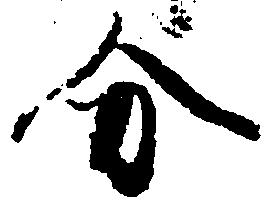
分